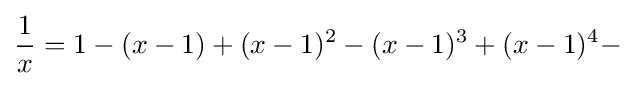
{\frac {1}{x}}=1-(x-1)+(x-1)^{2}-(x-1)^{3}+(x-1)^{4}-